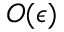
O ( \epsilon )